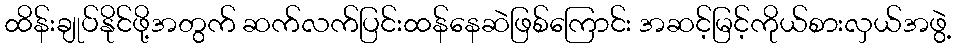
ထိန်းချုပ်နိုင်ဖို့အတွက် ဆက်လက်ပြင်းထန်နေဆဲဖြစ်ကြောင်း အဆင့်မြင့်ကိုယ်စားလှယ်အဖွဲ့